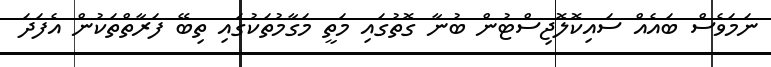
ނަމަވެސް ބައެއް ސައިކޮލޮޖިސްޓުން ބުނާ ގޮތުގައި މަތީ މަގާމުތަކުގައި ތިބޭ ފަރާތްތަކުން އެފަދަ